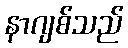
နာဂျစ်သည်